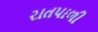
રાતપાળી